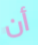
أن